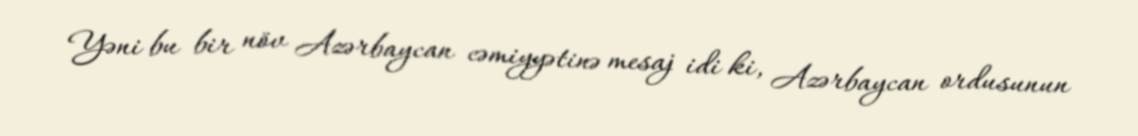
Yəni bu bir növ Azərbaycan cəmiyyətinə mesaj idi ki, Azərbaycan ordusunun